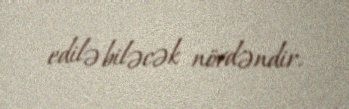
edilə biləcək növdəndir.